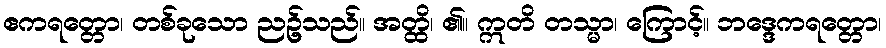
ဧကရတ္တော၊ တစ်ခုသော ညဥ့်သည်။ အတ္ထိ၊ ၏။ ဣတိ တသ္မာ၊ ကြောင့်။ ဘဒ္ဒေကရတ္တော၊